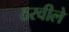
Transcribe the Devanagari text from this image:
ठरवीले